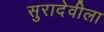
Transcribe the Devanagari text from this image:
सुरादेवीला